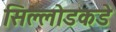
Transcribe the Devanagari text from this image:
सिल्लोडकडे